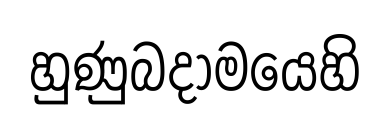
හුණුබදාමයෙහි